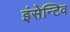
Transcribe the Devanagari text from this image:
इंसेन्टिव